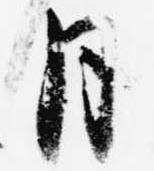
月